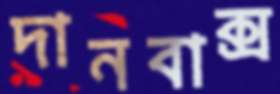
দানবাক্স